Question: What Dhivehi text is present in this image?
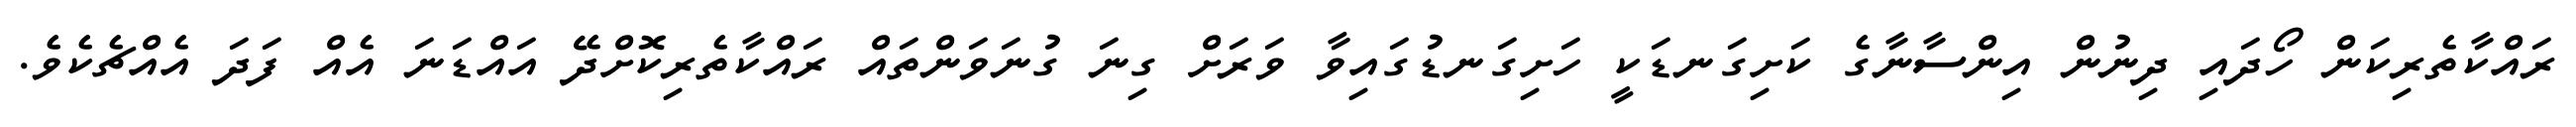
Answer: ރައްކާތެރިކަން ހޯދައި ދިނުން އިންސާނާގެ ކަށިގަނޑަކީ ހަށިގަނޑުގައިވާ ވަރަށް ގިނަ ގުނަވަންތައް ރައްކާތެރިކޮށްދޭ އައްޑަނަ އެއް ފަދަ އެއްޗެކެވެ.